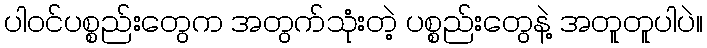
ပါဝင်ပစ္စည်းတွေက အတွက်သုံးတဲ့ ပစ္စည်းတွေနဲ့ အတူတူပါပဲ။